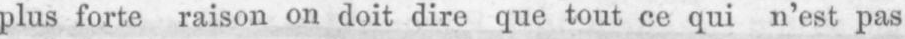
plus forte raison on doit dire que tout ce qui n’est pas